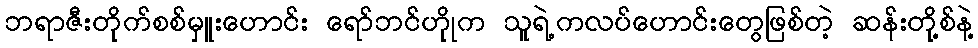
ဘရာဇီးတိုက်စစ်မှူးဟောင်း ရော်ဘင်ဟုုိက သူရဲ့ကလပ်ဟောင်းတွေဖြစ်တဲ့ ဆန်းတို့စ်နဲ့